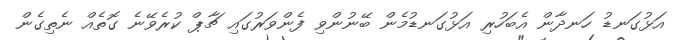
އަޅުގަނޑު ހަނދާން އެބަހުރި އަޅުގަނޑުމެން ބޭނުންވި ފެންވަރުގައި ޗާޕް ކުރެވޭނެ ގޮތެއް ނެތިގެން